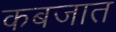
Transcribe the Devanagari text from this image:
कबजात